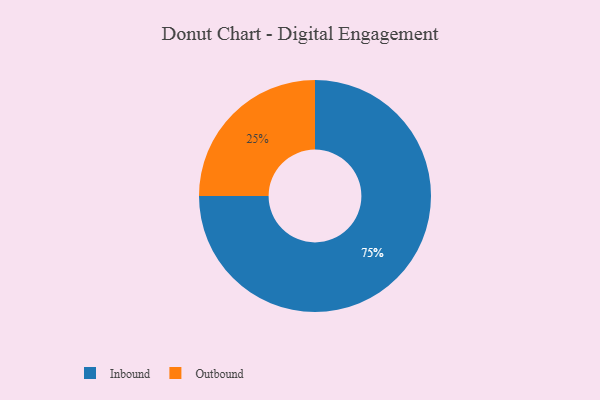
{"axis": {"x": "Category", "y": "Percentage"}, "legend": ["Inbound", "Outbound"], "data": [{"x": "Inbound", "y": 75, "type": "Inbound"}, {"x": "Outbound", "y": 25, "type": "Outbound"}]}